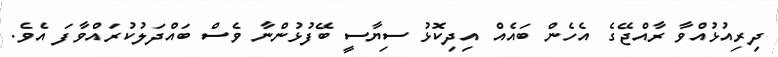
ދިރިއުޅުއްވާ ރާއްޖޭގެ އެހެން ބައެއް އިދިކޮޅު ސިޔާސީ ބޭފުޅުންނާ ވެސް ބައްދަލުކުރައްވާފަ އެވެ.